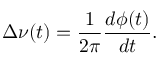
\Delta \nu ( t ) = \frac { 1 } { 2 \pi } \frac { d \phi ( t ) } { d t } .